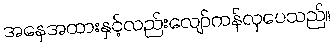
အနေအထားနှင့်လည်းလျော်ကန်လှပေသည်။